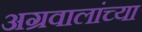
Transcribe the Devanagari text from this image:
अग्रवालांच्या